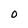
Character: O